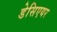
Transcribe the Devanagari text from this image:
डेसिएयर